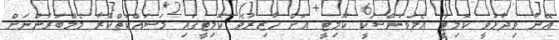
އޭނާ ވިދާޅުވީ ކޮމިޓީ އެލަވަންސަކީ ކޮމިޓީ އަށް ހާޒިރުވެ ކޮމިޓީގައި މަސައްކަތްކުރާ މެމްބަރުންނަށް